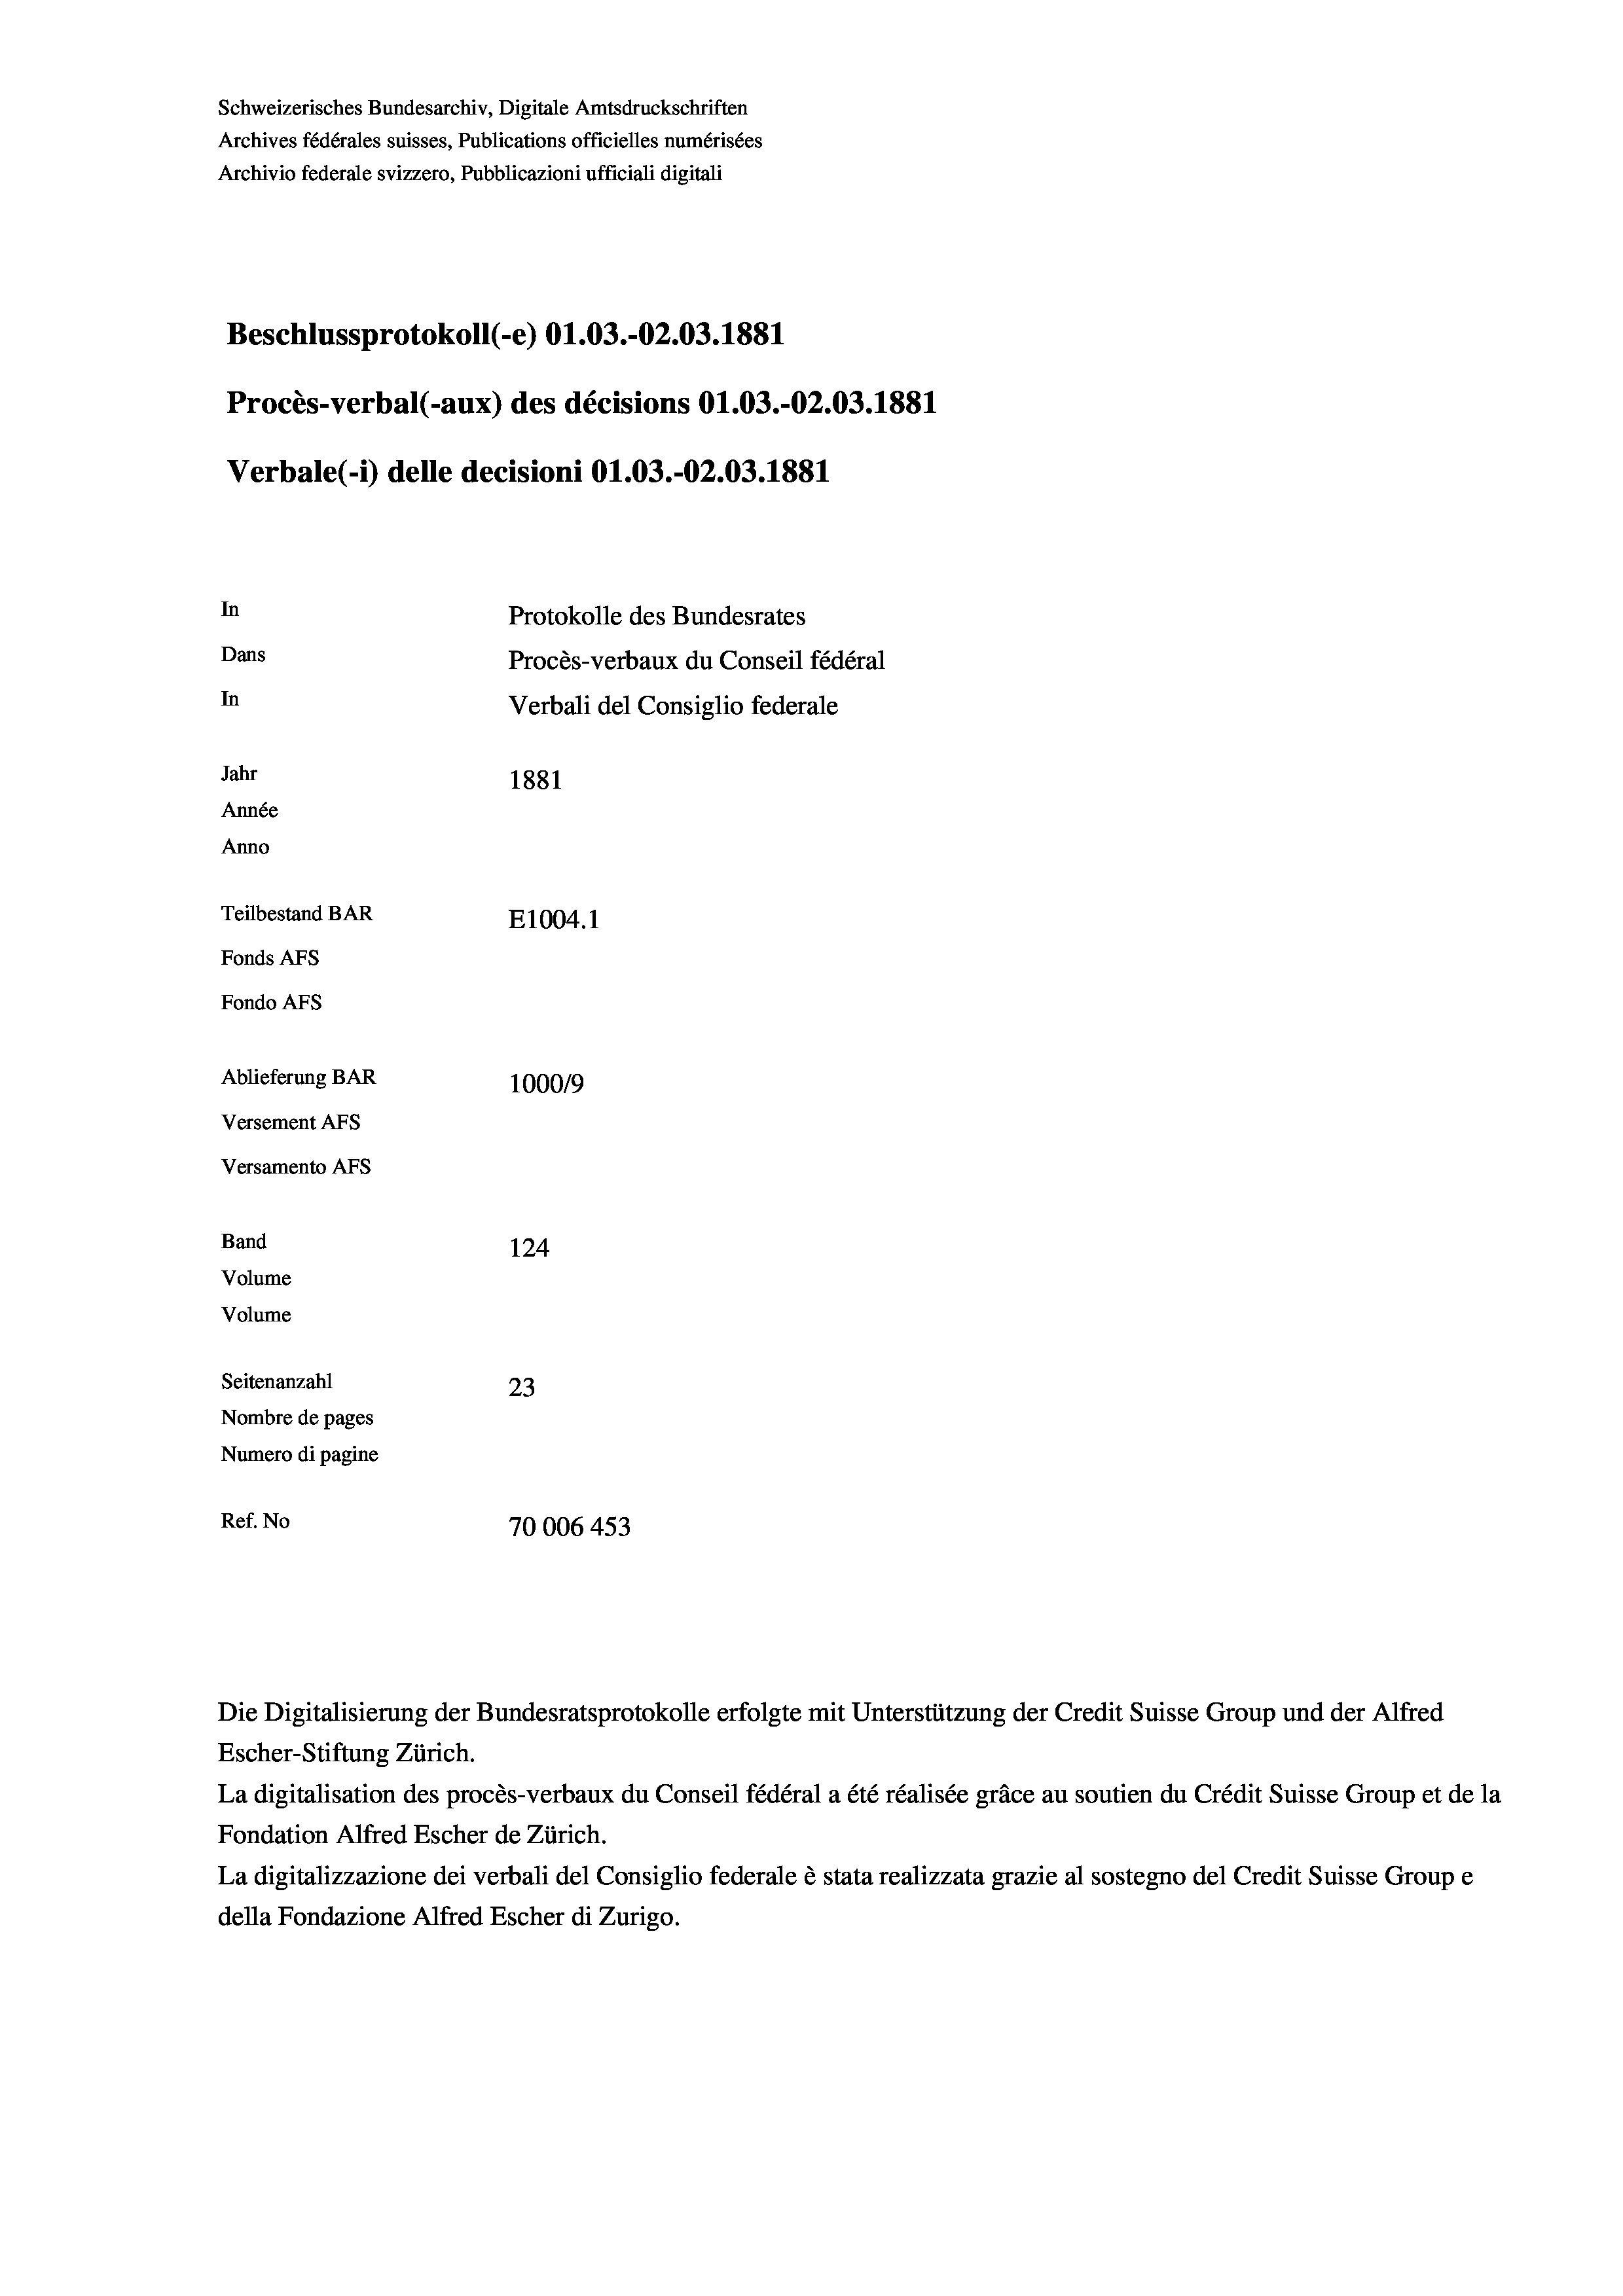
Schweizerisches Bundesarchiv, Digitale Amtsdruckschriften
Archives fédérales suisses, Publications officielles numérisées
Archivio federale svizzero, Pubblicazioni ufficiali digitali
Beschlussprotokoll (-e) O1.03.-02.03. 1881
Procès-verbal (-aux) des décisions O1.03.-O2.03. 1881
Verbale(-*) delle decisioni O1.03.-O2.03. 1881
In
Protokolle des Bundesrates
Dans
Procès-verbaux du Conseil fédéral
In
Verbali del Consiglio federale
Jahr
1881
Année
Anno
Teilbestand BAR
E1004.1
Fonds AFs
Fondo Afs
Ablieferung BAR
100019
Versement AFs
Versamento Afs
Band
124
Volume
Volume
Seitenanzahl
23
Nombre de pages
Numero di pagine
Ref. No
70006 453

Escher-Stiftung Zürich.
La digitalisation des procès-verbaux du Conseil fédéral a été réalisée gräce au soutien du Crédit Suisse Group et de la
Fondation Alfred Escher de Zürich.
La digitalizzazione dei verbali del Consiglio federale è stata realizzata grazie al sostegno del Credit Suisse Groupe
della Fondazione Alfred Escher di Zurigo.

Die Digitalisierung der Bundesratsprotokolle erfolgte mit Unterstützung der Credit Suisse Group und der Alfred